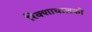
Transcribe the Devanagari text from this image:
रिक्शाचालकों